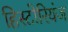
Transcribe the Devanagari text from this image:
हिस्टोरियंज